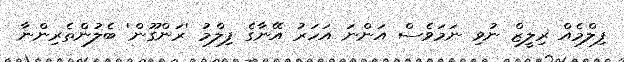
ފިލްމެއް ރިލީޒް ނުވި ނަމަވެސް އަންނަ އަހަރު އޭނާގެ ފިލްމު 'ރަންގޫން' ބެލުންތެރިންނާ